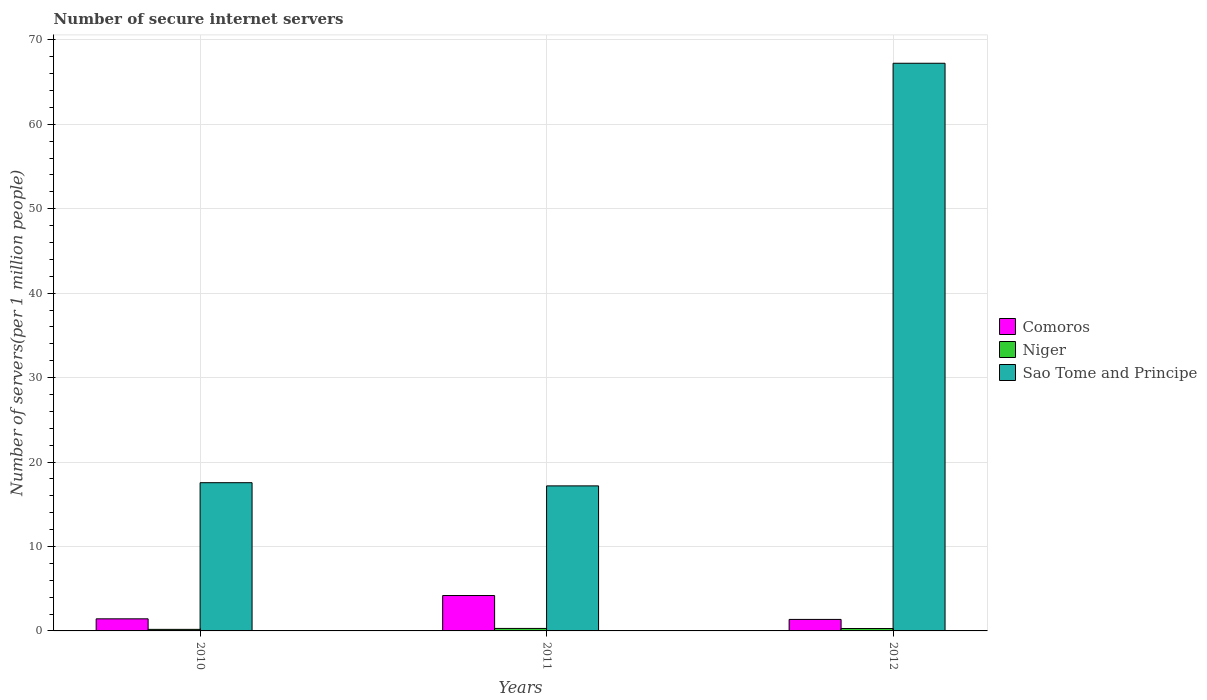
| Years | Comoros | Niger | Sao Tome and Principe |
 | --- | --- | --- | --- |
 | 2010 | 1.43 | 0.184 | 17.6 |
 | 2011 | 4.19 | 0.295 | 17.2 |
 | 2012 | 1.36 | 0.284 | 67.2 |